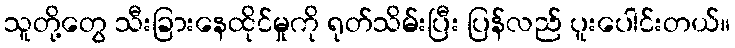
သူတို့တွေ သီးခြားနေထိုင်မှုကို ရုတ်သိမ်းပြီး ပြန်လည် ပူးပေါင်းတယ်။